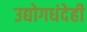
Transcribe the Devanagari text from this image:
उद्योगधंदेही